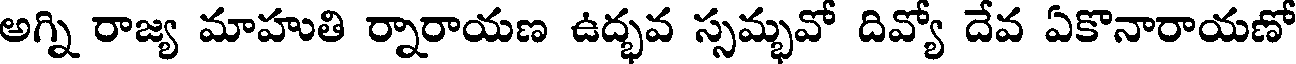
అగ్ని రాజ్య మాహుతి ర్నారాయణ ఉద్భవ స్సమ్భవో దివ్యో దేవ ఏకొనారాయణో